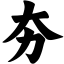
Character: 夯